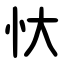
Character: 忕